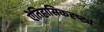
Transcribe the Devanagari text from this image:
ऐतिहासिकदृष्ट्य